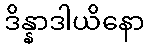
ဒိန္နာဒါယိနော